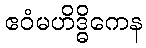
ဧဝံမဟိဒ္ဓိကေန